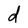
Character: d